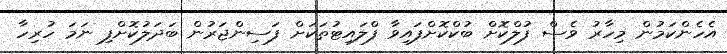
އެހެންކަމުން މިހާރު ވެސް ފުލްކޮށް ބުކްކޮށްފައިވާ ފްލައިޓުތަކަށް ފަސިންޖަރުން ބަދަލުކޮށްފި ނަމަ ހުރިހާ